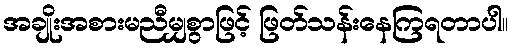
အချိုးအစားမညီမျှစွာဖြင့် ဖြတ်သန်းနေကြရတာပါ။